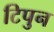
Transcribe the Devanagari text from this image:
टिपुन